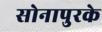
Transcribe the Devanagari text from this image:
सोनापुरके